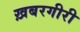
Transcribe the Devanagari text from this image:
ख़बरगीरी